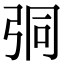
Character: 𢏕